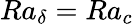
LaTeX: Ra_{\delta}=Ra_{c}